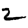
Digit: 2